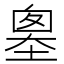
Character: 𡏙